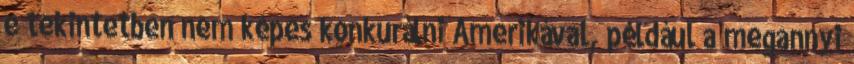
e tekintetben nem képes konkurálni Amerikával, például a megannyi